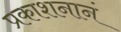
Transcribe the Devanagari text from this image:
प्रकाशनानं